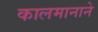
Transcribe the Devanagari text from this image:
कालमानाने